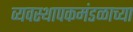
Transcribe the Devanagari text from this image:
व्यवस्थापकमंडळाच्या